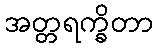
အတ္တရက္ခိတာ